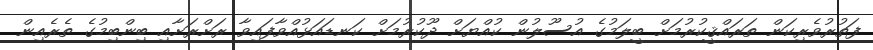
ފަތުރުވެރިކަން ތަރައްޤީކުރުމަށް ބީލަމުގެ އުސޫލުން ކުއްޔަށް ދޫކުރުމަށް ކަނޑައަޅުއްވާފައިވާ ރަށްރަށާއި ބިންބިމުގެ ތެރެއިން